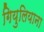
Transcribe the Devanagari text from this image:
गियुलियाना